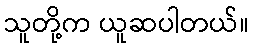
သူတို့က ယူဆပါတယ်။